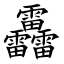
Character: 靐